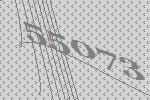
55073